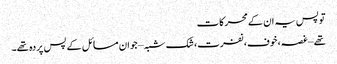
تو پس یہ ان کے محرکات
تھے – غصہ، خوف، نفرت، شک شبہ – جو ان مسائل کے پس پردہ تھے۔